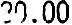
30.00